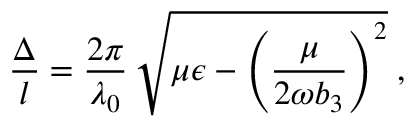
\frac { \Delta } { l } = \frac { 2 \pi } { \lambda _ { 0 } } \, \sqrt { \mu \epsilon - \left( \frac { \mu } { 2 \omega b _ { 3 } } \right) ^ { 2 } } \; ,